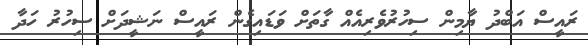
ރައީސް އަބްދު ޔާމިން ސިހުރުވެރިއެއް ގާތަށް ވަޑައިގެން ރައީސް ނަޝީދަށް ސިހުރު ހަދާ